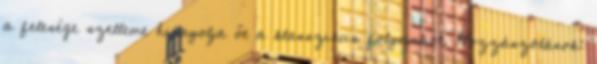
a felesége szelleme hiányolja őt a klasszikus folyamból. Hozzászólások: